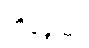
ဘိန္ဒေယျု